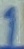
Text: 1